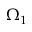
\Omega _ { 1 }